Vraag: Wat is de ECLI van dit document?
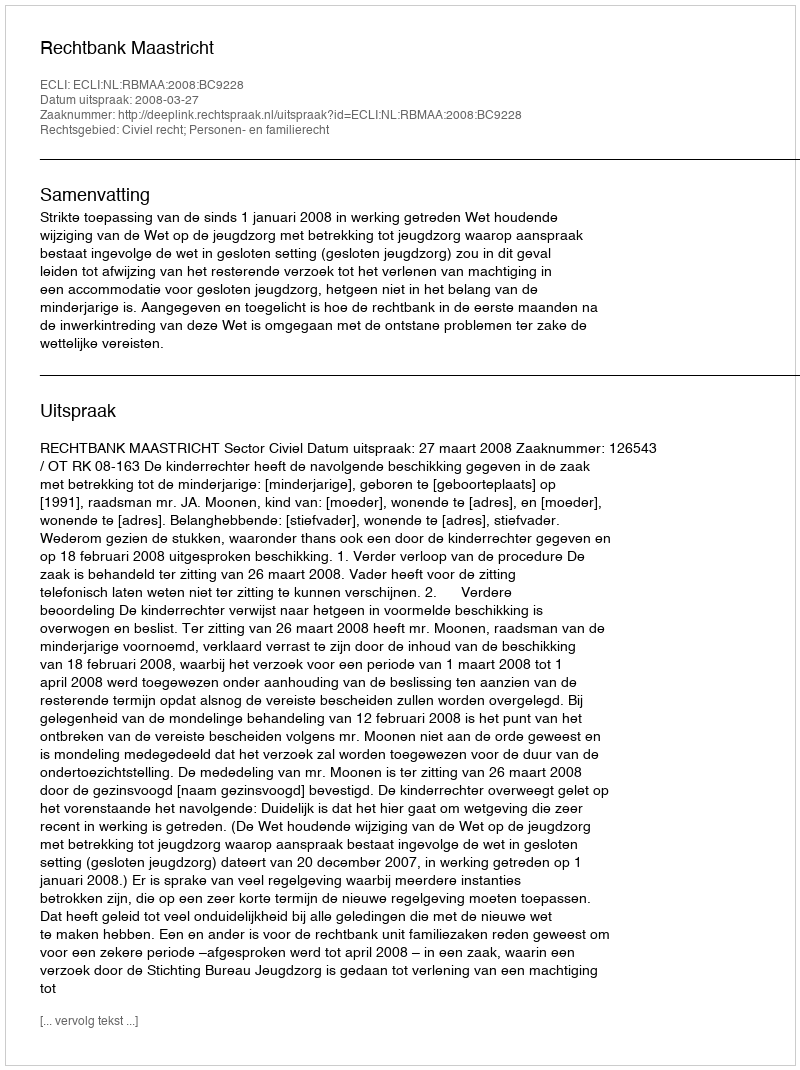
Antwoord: ECLI:NL:RBMAA:2008:BC9228